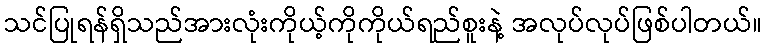
သင်ပြုရန်ရှိသည်အားလုံးကိုယ့်ကိုကိုယ်ရည်စူးနဲ့ အလုပ်လုပ်ဖြစ်ပါတယ်။